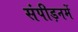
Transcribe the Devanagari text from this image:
संपीड़नमें